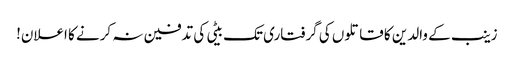
زینب کے والدین کا قاتلوں کی گرفتاری تک بیٹی کی تدفین نہ کرنے کا اعلان!